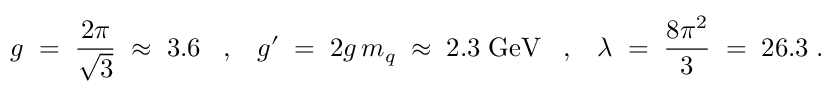
g \; = \; \frac { 2 \pi } { \sqrt { 3 } } \; \approx \; 3 . 6 \; \; \; , \; \; \; g ^ { \prime } \; = \; 2 g \, m _ { q } \; \approx \; 2 . 3 \; \mathrm { G e V } \; \; \; , \; \; \; \lambda \; = \; \frac { 8 \pi ^ { 2 } } { 3 } \; = \; 2 6 . 3 \; .